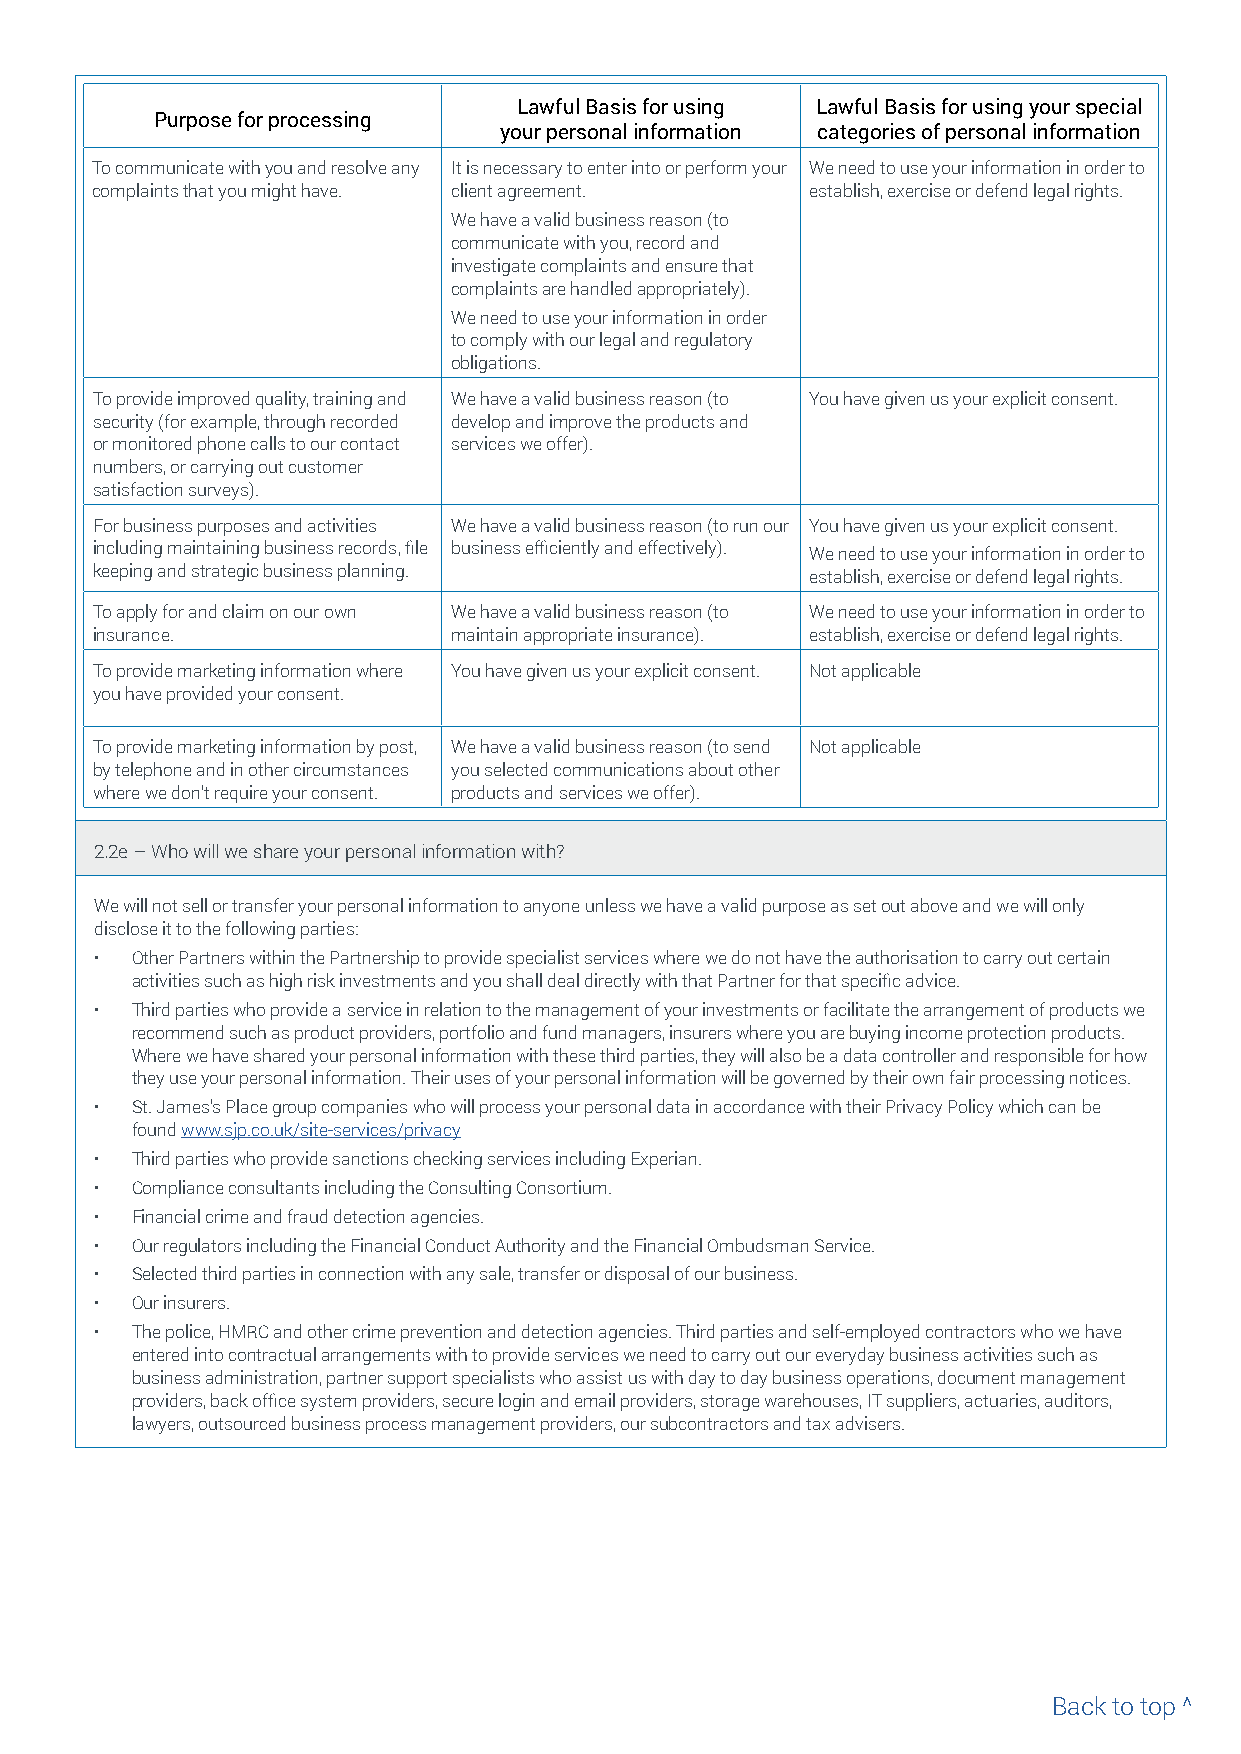
Lawful Basis for using Lawful Basis for using your special
 Purpose for processing
 your personal information categories of personal information
 To communicate with you and resolve any It is necessary to enter into or perform your We need to use your information in order to
 complaints that you might have. client agreement. establish, exercise or defend legal rights.
 We have a valid business reason (to
 communicate with you, record and
 investigate complaints and ensure that
 complaints are handled appropriately).
 We need to use your information in order
 to comply with our legal and regulatory
 obligations.
 To provide improved quality, training and We have a valid business reason (to You have given us your explicit consent.
 security (for example, through recorded develop and improve the products and
 or monitored phone calls to our contact services we offer).
 numbers, or carrying out customer
 satisfaction surveys).
 For business purposes and activities We have a valid business reason (to run our You have given us your explicit consent.
 including maintaining business records, file business efficiently and effectively). We need to use your information in order to
 keeping and strategic business planning.        establish, exercise or defend legal rights.
 To apply for and claim on our own We have a valid business reason (to We need to use your information in order to
 insurance.              maintain appropriate insurance). establish, exercise or defend legal rights.
 To provide marketing information where You have given us your explicit consent. Not applicable
 you have provided your consent.
 To provide marketing information by post, We have a valid business reason (to send Not applicable
 by telephone and in other circumstances you selected communications about other
 where we don’t require your consent. products and services we offer).
 2.2e – Who will we share your personal information with?
 We will not sell or transfer your personal information to anyone unless we have a valid purpose as set out above and we will only
 disclose it to the following parties:
 •  Other Partners within the Partnership to provide specialist services where we do not have the authorisation to carry out certain
 activities such as high risk investments and you shall deal directly with that Partner for that specific advice.
 •  Third parties who provide a service in relation to the management of your investments or facilitate the arrangement of products we
 recommend such as product providers, portfolio and fund managers, insurers where you are buying income protection products.
 Where we have shared your personal information with these third parties, they will also be a data controller and responsible for how
 they use your personal information. Their uses of your personal information will be governed by their own fair processing notices.
 •  St. James’s Place group companies who will process your personal data in accordance with their Privacy Policy which can be
 found www.sjp.co.uk/site-services/privacy
 •  Third parties who provide sanctions checking services including Experian.
 •  Compliance consultants including the Consulting Consortium.
 •  Financial crime and fraud detection agencies.
 •  Our regulators including the Financial Conduct Authority and the Financial Ombudsman Service.
 •  Selected third parties in connection with any sale, transfer or disposal of our business.
 •  Our insurers.
 •  The police, HMRC and other crime prevention and detection agencies. Third parties and self-employed contractors who we have
 entered into contractual arrangements with to provide services we need to carry out our everyday business activities such as
 business administration, partner support specialists who assist us with day to day business operations, document management
 providers, back office system providers, secure login and email providers, storage warehouses, IT suppliers, actuaries, auditors,
 lawyers, outsourced business process management providers, our subcontractors and tax advisers.
 Back to top ^